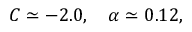
C \simeq - 2 . 0 , \ \ \ \alpha \simeq 0 . 1 2 ,